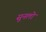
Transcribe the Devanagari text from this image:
सुनलो